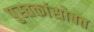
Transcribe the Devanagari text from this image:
पुस्तकांसोबत